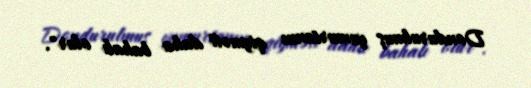
Dondurulmuş yumurtanın qiyməti daha bahalı olur".